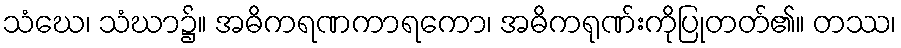
သံဃေ၊ သံဃာ၌။ အဓိကရဏကာရကော၊ အဓိကရုဏ်းကိုပြုတတ်၏။ တဿ၊